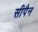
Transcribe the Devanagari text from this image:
सीपैन